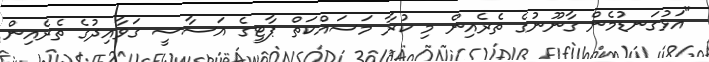
"އަޅުގަނޑުމެން ގާނޫނުގެ ތެރެއިން މި ކުރާ މަސައްކަތް ޕާޓީގެ އަސާސީ ގަވާއިދުގެ ތެރެއިން